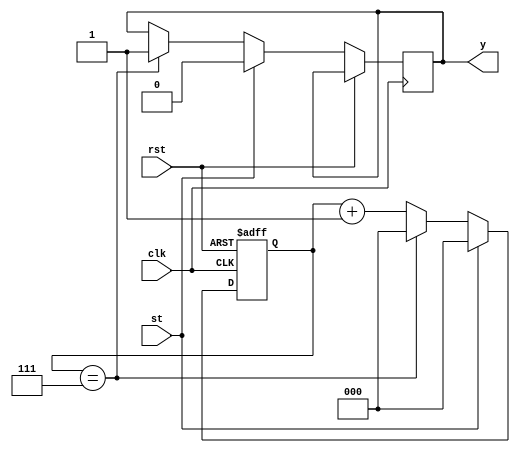
`timescale 1ns / 1ps
//////////////////////////////////////////////////////////////////////////////////
// Company: 
// Engineer: 
// 
// Design Name: 
// Module Name: long_counter
// Project Name: 
// Target Devices: 
// Tool Versions: 
// Description: 
// 
// Dependencies: 
// 
// Revision:
// Revision 0.01 - File Created
// Additional Comments:
// 
//////////////////////////////////////////////////////////////////////////////////


module long_counter(
input st, rst,clk,
 
output reg y  // timer out 
    );
    reg  [2:0]q;
    always@ (posedge clk or posedge rst)
begin 
        if(rst)
        q<=3'b000;
        else
        begin
           if(st)
              begin
               q<=0;
               y<=0;  
              end 
           else 
            begin  
            if(q==3'b111)
                begin
                     q<=0;
                     y<=1; 
                end
             else 
             q<=q+1;    
            end 
        end
end
endmodule